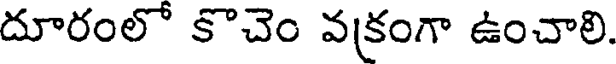
దూరంలో కొచెం వక్రంగా ఉంచాలి.